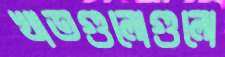
খাতগুলোগুলো